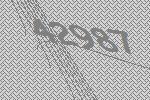
42987